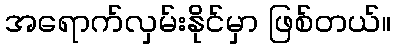
အရောက်လှမ်းနိုင်မှာ ဖြစ်တယ်။